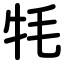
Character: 牦